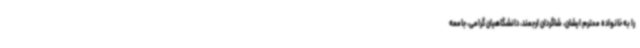
را به خانواده محترم ایشان، شاگردان ارجمند، دانشگاهیان گرامی، جامعه